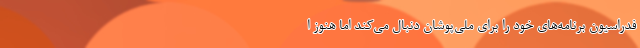
فدراسیون برنامه‌های خود را برای ملی‌پوشان دنبال می‌کند اما هنوز ا